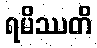
ရမိဿတိ